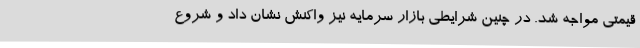
قیمتی مواجه شد. در چنین شرایطی بازار سرمایه نیز واکنش نشان داد و شروع